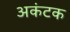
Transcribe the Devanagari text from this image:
अकंटक